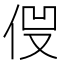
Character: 𠈿